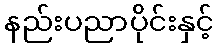
နည်းပညာပိုင်းနှင့်